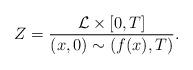
LaTeX: \begin{align*} Z = \frac{\mathcal{L} \times [0,T]}{(x,0) \sim (f(x),T)}. \end{align*}